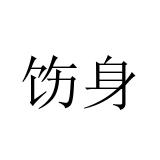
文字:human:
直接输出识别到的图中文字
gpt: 饬身